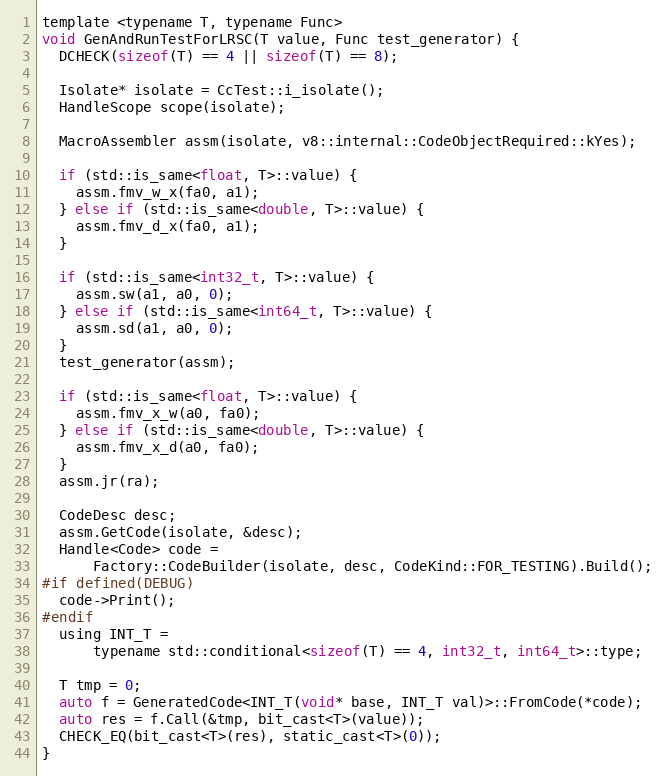
Language: C
template <typename T, typename Func>
void GenAndRunTestForLRSC(T value, Func test_generator) {
  DCHECK(sizeof(T) == 4 || sizeof(T) == 8);

  Isolate* isolate = CcTest::i_isolate();
  HandleScope scope(isolate);

  MacroAssembler assm(isolate, v8::internal::CodeObjectRequired::kYes);

  if (std::is_same<float, T>::value) {
    assm.fmv_w_x(fa0, a1);
  } else if (std::is_same<double, T>::value) {
    assm.fmv_d_x(fa0, a1);
  }

  if (std::is_same<int32_t, T>::value) {
    assm.sw(a1, a0, 0);
  } else if (std::is_same<int64_t, T>::value) {
    assm.sd(a1, a0, 0);
  }
  test_generator(assm);

  if (std::is_same<float, T>::value) {
    assm.fmv_x_w(a0, fa0);
  } else if (std::is_same<double, T>::value) {
    assm.fmv_x_d(a0, fa0);
  }
  assm.jr(ra);

  CodeDesc desc;
  assm.GetCode(isolate, &desc);
  Handle<Code> code =
      Factory::CodeBuilder(isolate, desc, CodeKind::FOR_TESTING).Build();
#if defined(DEBUG)
  code->Print();
#endif
  using INT_T =
      typename std::conditional<sizeof(T) == 4, int32_t, int64_t>::type;

  T tmp = 0;
  auto f = GeneratedCode<INT_T(void* base, INT_T val)>::FromCode(*code);
  auto res = f.Call(&tmp, bit_cast<T>(value));
  CHECK_EQ(bit_cast<T>(res), static_cast<T>(0));
}